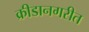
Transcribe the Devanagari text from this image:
क्रीडानगरीत